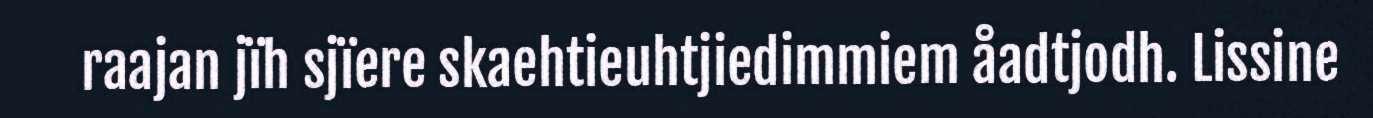
raajan jïh sjïere skaehtieuhtjiedimmiem åadtjodh. Lissine